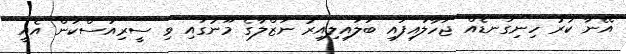
އޭނާ ކުރު ހިނިގަނޑެއް ޖަހާލައިފައި ބަލައިލިއިރު ނަޒްލާގެ މޫނުގައި ވި ސީރިއަސްކަން އެއީ